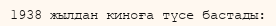
1938 жылдан киноға түсе бастады: